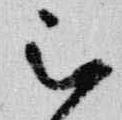
被